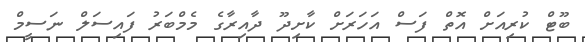
ބޫޓް ކުރިއަށް އޮތް ފަސް އަހަރަށް ކާށިދޫ ދާއިރާގެ މެމްބަރު ފައިސަލް ނަސީމް